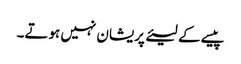
پیسے کے لیئے پریشان نہیں ہوتے۔